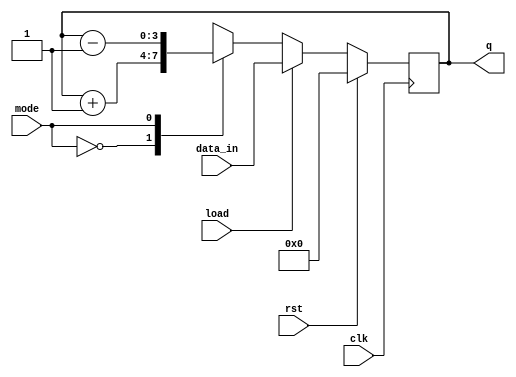
`timescale 1ns / 1ps
//4 bit loadable binary synchronous up down counter
module updowncount(data_in,clk,rst,load,mode,q);
input [3:0]data_in; input clk,rst,load,mode;
output reg [3:0]q;
always@(posedge clk)
begin
if(rst)
q<=4'b0000;
else if(load)
q<=data_in;
else begin
case(mode)
1'b0:q<=q+4'b0001;
1'b1:q<=q-4'b0001;
endcase 
end
end
 endmodule